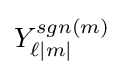
Y_{\ell |m|}^{sgn(m)}